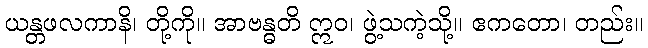
ယန္တဖလကာနိ၊ တို့ကို။ အာဗန္ဓတိ ဣဝ၊ ဖွဲ့သကဲ့သို့။ ဧကတော၊ တည်း။